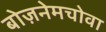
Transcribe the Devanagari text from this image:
बोज़नेमचोवा